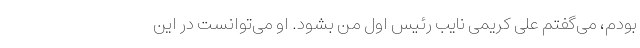
بودم،‌ می‌گفتم علی کریمی نایب رئیس اول من بشود. او می‌توانست در این